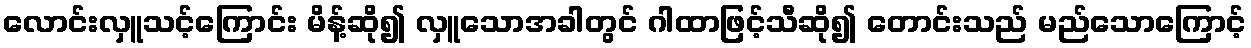
လောင်းလှူသင့်ကြောင်း မိန့်ဆို၍ လှူသောအခါတွင် ဂါထာဖြင့်သီဆို၍ တောင်းသည် မည်သောကြောင့်